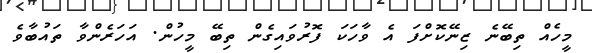
މީހެއް ތިބޭނެ ޒިނޭކޮށްފަ އެ ވާހަކަ ފޮރުވައިގެން ތިބޭ މީހުން. އަހަރެންވާ ތައުބާވެ